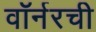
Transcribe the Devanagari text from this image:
वॉर्नरची